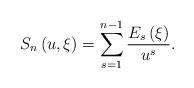
LaTeX: \begin{align*}S_{n}\left( {u,\xi }\right) =\sum\limits_{s=1}^{n-1}{\frac{E_{s}\left( \xi\right) }{u^{s}}.} \end{align*}